Report on sanitation, dispensaries, and jails in Rajputana for 1917, and on vaccination for the year 1917-1918 - 1917-1918
Year: 1917
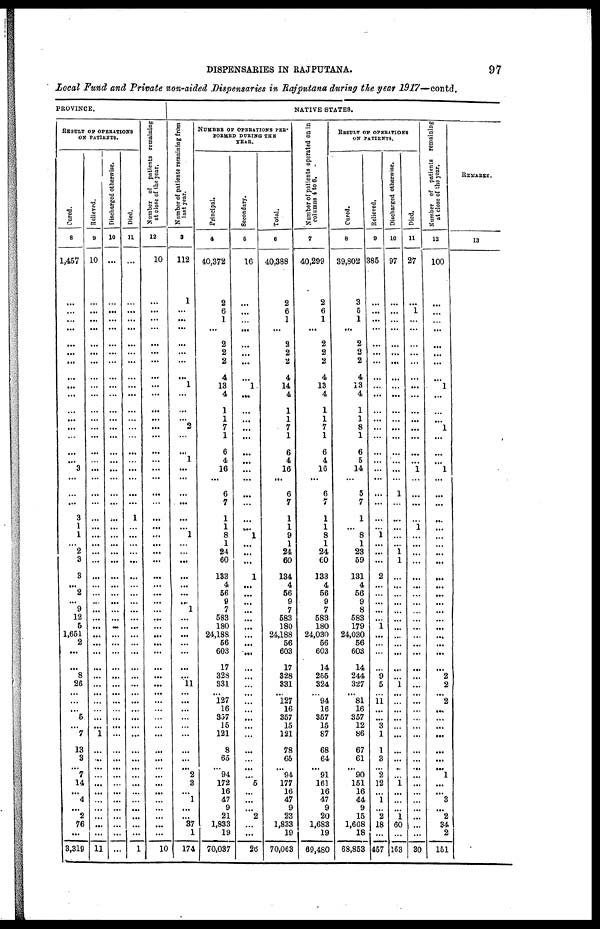
DISPENSARIES IN RAJPUTANA.
97
Local Fund and Private non-aided Dispensaries in Rajputana during the year 1917—contd.
PROVINCE.
RESULT OF OPERATIONS
OF PATIENTS.
Cured.
8
1,457
...
...
...
...
...
...
...
...
...
...
...
...
...
...
...
...
3
...
...
...
3
1
1
...
2
3
3
...
2
...
9
12
6
1,651
2
...
...
8
26
...
...
...
5
...
7
13
3
...
7
14
...
4
...
2
76
...
3,319
Relieved.
9
10
...
...
...
...
...
...
...
...
...
...
...
...
...
...
...
...
...
...
...
...
...
...
...
...
...
...
...
...
...
...
...
...
...
...
...
...
...
...
...
...
...
...
...
...
1
...
...
...
...
...
...
...
...
...
...
...
11
Discharged otherwise.
10
...
...
...
...
...
...
...
...
...
...
...
...
...
...
...
...
...
...
...
...
...
...
...
...
...
...
...
...
...
...
...
...
...
...
...
...
...
...
...
...
...
...
...
...
...
...
...
...
...
...
...
...
...
...
...
...
...
...
Died.
11
...
...
...
...
...
...
...
...
...
...
...
...
...
...
...
...
...
...
...
...
...
1
...
...
...
...
...
...
...
...
...
...
...
...
...
...
...
...
...
...
...
...
...
...
...
...
...
...
...
...
...
...
...
...
...
...
...
1
Number of patients remaining
at close of the year.
12
10
...
...
...
...
...
...
...
...
...
...
...
... ...
...
...
...
...
...
...
...
...
...
...
...
...
...
...
...
...
...
...
...
...
...
...
...
...
...
...
...
...
...
...
...
...
...
...
...
...
...
...
...
...
...
...
...
10
NATIVE STATES.
Number of patients remaining from
last year.
3
112
1
...
...
...
...
...
...
...
1
...
...
... ...
...
...
1
...
...
...
...
...
...
1
...
...
...
...
...
...
...
1
...
...
...
...
...
...
...
11
...
...
...
...
...
...
...
...
...
2
3
...
1
...
...
37
1
174
NUMBER OF OPERATIONS PER¬
FORMED DURING THE
YEAR.
Principal.
4
40,372
2
6
1
...
2
2
2
4
13
4
1
1
7
1
6
4
16
...
6
7
1
1
8
1
24
60
133
4
56
9
7
583
180
24,188
56
603
17
328
331
...
127
16
357
15
121
8
65
...
94
172
16
47
9
21
1,833
19
70,037
Secondary.
5
16
...
...
...
...
...
...
...
...
1
...
...
...
...
...
...
...
...
...
...
...
...
...
1
...
...
...
1
...
...
...
...
...
...
...
...
...
...
...
...
...
...
...
...
...
...
...
...
...
...
5
...
...
...
2
...
...
26
Total.
6
40,388
2
6
1
...
2
2
2
4
14
4
1
1
7
1
6
4
16
...
6
7
1
1
9
1
24
60
134
4
56
9
7
583
180
24,188
56
603
17
328
331
...
127
16
357
15
121
78
65
...
94
177
16
47
9
23
1,833
19
70,063
Number of patients operated on in
columns 4 to 6.
7
40,299
2
6
1
...
2
2
2
4
13
4
1
1
7
1
6
4
16
...
6
7
1
1
8
1
24
60
133
4
56
9
7
583
180
24,030
56
603
14
255
324
...
94
16
357
15
87
68
64
...
91
161
16
47
9
20
1,683
19
69,480
RESULT OF OPERATIONS
ON PATIENTS.
Cured.
8
39,802
3
5
1
...
2
2
2
4
13
4
1
1
8
1
6
5
14
...
5
7
1
...
8
1
23
59
131
4
56
9
8
583
179
24,030
56
603
14
244
327
...
81
16
357
12
86
67
61
...
90
151
16
44
9
15
1,608
18
68,853
Relieved.
9
385
...
...
...
...
...
...
...
...
...
...
...
...
...
...
...
...
...
...
...
...
...
...
1
...
...
...
2
...
...
...
...
...
1
...
...
...
...
9
5
... 11
...
... 3
1
1
3
...
2
12
...
1
...
2
18
...
457
Discharged otherwise.
10
97
...
...
...
...
...
...
...
...
...
...
...
...
...
...
...
...
...
...
1
...
...
...
...
...
1
1
...
...
...
...
...
...
...
...
...
...
...
...
1
...
...
...
...
...
...
...
...
...
...
1
...
...
...
1
60
...
163
Died.
11
27
...
1
...
...
...
...
...
...
...
...
...
...
...
...
...
...
1
...
...
...
...
1
...
...
...
...
...
...
...
...
...
...
...
...
...
...
...
...
...
...
...
...
...
...
...
...
...
...
...
...
...
...
...
...
...
...
30
Number of patients remaining
at close of the year.
12
100
...
...
...
...
...
...
...
...
1
...
...
... ...
...
...
...
1
...
...
...
...
...
...
...
...
...
...
...
...
...
...
...
...
...
...
...
...
2
2
...
2
...
...
...
...
...
...
... 1
...
...
3
...
2
34
2
151
REMARKS.
13